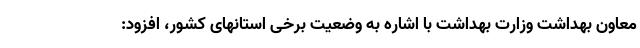
معاون بهداشت وزارت بهداشت با اشاره به وضعیت برخی استانهای کشور، افزود: